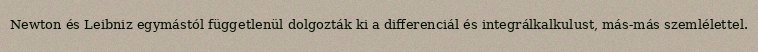
Newton és Leibniz egymástól függetlenül dolgozták ki a differenciál és integrálkalkulust, más-más szemlélettel.